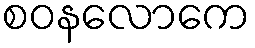
စဝနလောကေ